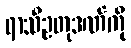
ရာသီဥတုဒဏ်ကို